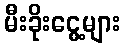
မီးခိုးငွေ့များ